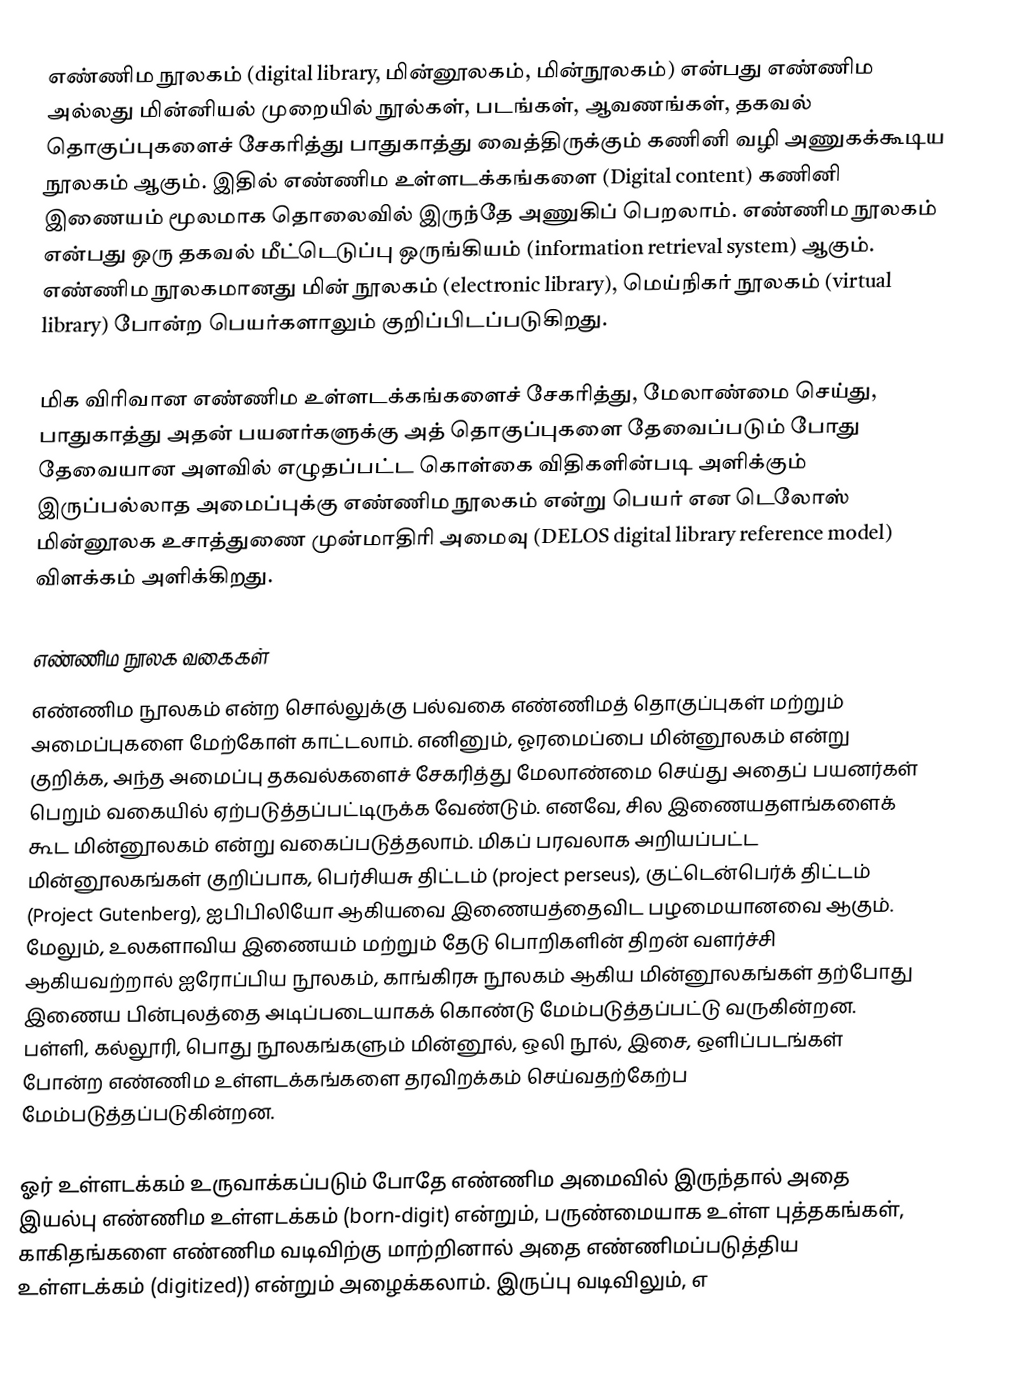
எண்ணிம நூலகம் (digital library, மின்னூலகம், மின்நூலகம்) என்பது எண்ணிம அல்லது மின்னியல் முறையில் நூல்கள், படங்கள், ஆவணங்கள், தகவல் தொகுப்புகளைச் சேகரித்து பாதுகாத்து வைத்திருக்கும் கணினி வழி அணுகக்கூடிய நூலகம் ஆகும். இதில் எண்ணிம உள்ளடக்கங்களை (Digital content) கணினி இணையம் மூலமாக தொலைவில் இருந்தே அணுகிப் பெறலாம். எண்ணிம நூலகம் என்பது ஒரு தகவல் மீட்டெடுப்பு ஒருங்கியம் (information retrieval system) ஆகும். எண்ணிம நூலகமானது மின் நூலகம் (electronic library), மெய்நிகர் நூலகம் (virtual library) போன்ற பெயர்களாலும் குறிப்பிடப்படுகிறது.

மிக விரிவான எண்ணிம உள்ளடக்கங்களைச் சேகரித்து, மேலாண்மை செய்து, பாதுகாத்து அதன் பயனர்களுக்கு அத் தொகுப்புகளை தேவைப்படும் போது தேவையான அளவில் எழுதப்பட்ட கொள்கை விதிகளின்படி அளிக்கும் இருப்பல்லாத அமைப்புக்கு எண்ணிம நூலகம் என்று பெயர் என டெலோஸ் மின்னூலக உசாத்துணை முன்மாதிரி அமைவு  (DELOS digital library reference model)  விளக்கம் அளிக்கிறது.

எண்ணிம நூலக வகைகள்
எண்ணிம நூலகம் என்ற சொல்லுக்கு பல்வகை எண்ணிமத் தொகுப்புகள் மற்றும் அமைப்புகளை மேற்கோள் காட்டலாம். எனினும், ஓரமைப்பை மின்னூலகம் என்று குறிக்க, அந்த அமைப்பு தகவல்களைச் சேகரித்து மேலாண்மை செய்து அதைப் பயனர்கள் பெறும் வகையில் ஏற்படுத்தப்பட்டிருக்க வேண்டும். எனவே, சில இணையதளங்களைக் கூட மின்னூலகம் என்று வகைப்படுத்தலாம். மிகப் பரவலாக அறியப்பட்ட மின்னூலகங்கள் குறிப்பாக, பெர்சியசு திட்டம் (project perseus), குட்டென்பெர்க் திட்டம் (Project Gutenberg), ஐபிபிலியோ ஆகியவை இணையத்தைவிட பழமையானவை ஆகும். மேலும், உலகளாவிய இணையம் மற்றும் தேடு பொறிகளின் திறன் வளர்ச்சி ஆகியவற்றால் ஐரோப்பிய நூலகம், காங்கிரசு நூலகம் ஆகிய மின்னூலகங்கள் தற்போது இணைய பின்புலத்தை அடிப்படையாகக் கொண்டு மேம்படுத்தப்பட்டு வருகின்றன. பள்ளி, கல்லூரி, பொது நூலகங்களும் மின்னூல், ஒலி நூல், இசை, ஒளிப்படங்கள் போன்ற எண்ணிம உள்ளடக்கங்களை தரவிறக்கம் செய்வதற்கேற்ப மேம்படுத்தப்படுகின்றன.

ஓர் உள்ளடக்கம் உருவாக்கப்படும் போதே எண்ணிம அமைவில் இருந்தால் அதை இயல்பு எண்ணிம உள்ளடக்கம் (born-digit) என்றும், பருண்மையாக உள்ள புத்தகங்கள், காகிதங்களை எண்ணிம வடிவிற்கு மாற்றினால் அதை எண்ணிமப்படுத்திய உள்ளடக்கம் (digitized)) என்றும் அழைக்கலாம். இருப்பு வடிவிலும், எ